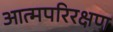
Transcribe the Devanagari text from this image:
आत्मपरिरक्षण